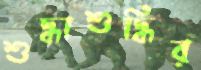
শুদ্ধাশুদ্ধির